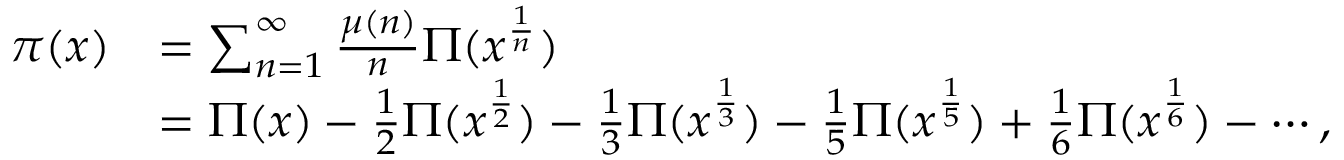
{ \begin{array} { r l } { \pi ( x ) } & { = \sum _ { n = 1 } ^ { \infty } { \frac { \mu ( n ) } { n } } \Pi ( x ^ { \frac { 1 } { n } } ) } \\ & { = \Pi ( x ) - { \frac { 1 } { 2 } } \Pi ( x ^ { \frac { 1 } { 2 } } ) - { \frac { 1 } { 3 } } \Pi ( x ^ { \frac { 1 } { 3 } } ) - { \frac { 1 } { 5 } } \Pi ( x ^ { \frac { 1 } { 5 } } ) + { \frac { 1 } { 6 } } \Pi ( x ^ { \frac { 1 } { 6 } } ) - \cdots , } \end{array} }